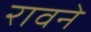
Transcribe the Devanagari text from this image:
रावने